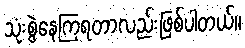
သုံးစွဲနေကြရတာလည်းဖြစ်ပါတယ်။